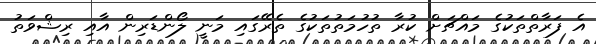
އެ ފަރާތްތަކުގެ މައްޗަށް ކުރާ ތުހުމަތުތަކުގެ ތެރޭގައި މަނީ ލޯންޑަރިން އާއި ރިޝްވަތު